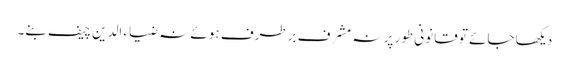
دیکھا جائے تو قانونی طور پر نہ مشرف برطرف ہوئے نہ ضیاء الدین چیف بنے۔